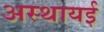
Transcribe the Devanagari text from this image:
अस्थायई